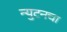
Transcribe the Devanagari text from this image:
न्युटनचा